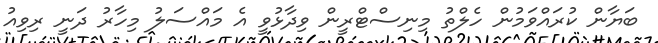
ބަޔާން ކުރައްވަމުން ހެލްތު މިނިސްޓްރީން ވިދާޅުވީ އެ މައްސަލު މިހާރު ދަނީ ރިވިއު